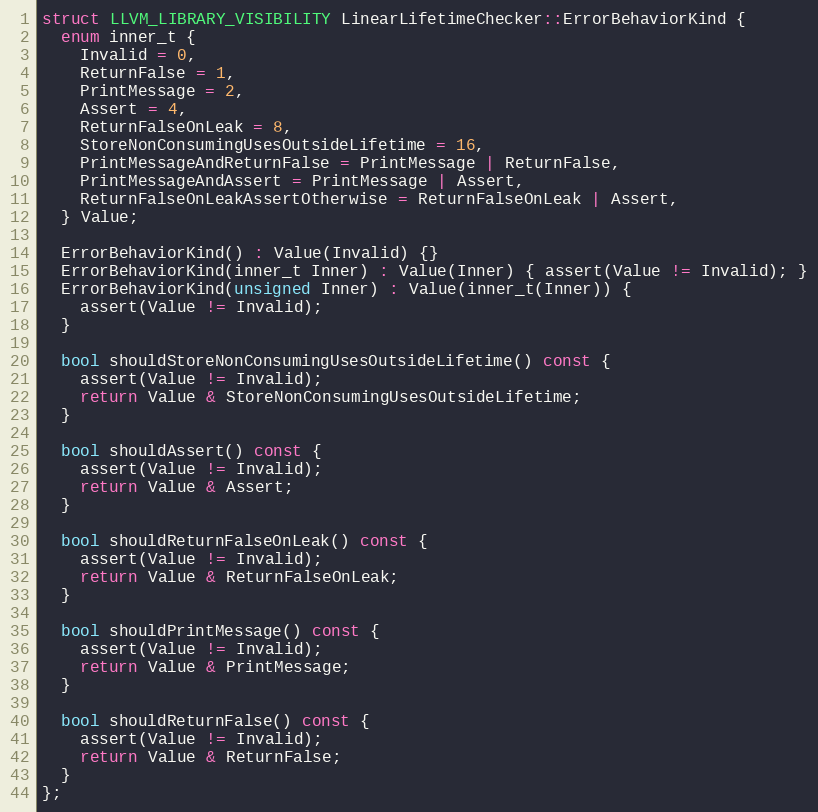
Language: C
struct LLVM_LIBRARY_VISIBILITY LinearLifetimeChecker::ErrorBehaviorKind {
  enum inner_t {
    Invalid = 0,
    ReturnFalse = 1,
    PrintMessage = 2,
    Assert = 4,
    ReturnFalseOnLeak = 8,
    StoreNonConsumingUsesOutsideLifetime = 16,
    PrintMessageAndReturnFalse = PrintMessage | ReturnFalse,
    PrintMessageAndAssert = PrintMessage | Assert,
    ReturnFalseOnLeakAssertOtherwise = ReturnFalseOnLeak | Assert,
  } Value;

  ErrorBehaviorKind() : Value(Invalid) {}
  ErrorBehaviorKind(inner_t Inner) : Value(Inner) { assert(Value != Invalid); }
  ErrorBehaviorKind(unsigned Inner) : Value(inner_t(Inner)) {
    assert(Value != Invalid);
  }

  bool shouldStoreNonConsumingUsesOutsideLifetime() const {
    assert(Value != Invalid);
    return Value & StoreNonConsumingUsesOutsideLifetime;
  }

  bool shouldAssert() const {
    assert(Value != Invalid);
    return Value & Assert;
  }

  bool shouldReturnFalseOnLeak() const {
    assert(Value != Invalid);
    return Value & ReturnFalseOnLeak;
  }

  bool shouldPrintMessage() const {
    assert(Value != Invalid);
    return Value & PrintMessage;
  }

  bool shouldReturnFalse() const {
    assert(Value != Invalid);
    return Value & ReturnFalse;
  }
};